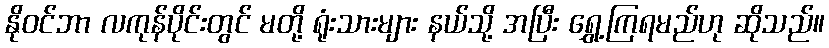
နိုဝင်ဘာ လကုန်ပိုင်းတွင် မတို့ ရုံးသားများ နယ်သို့ အပြီး ရွှေ့ကြရမည်ဟု ဆိုသည်။